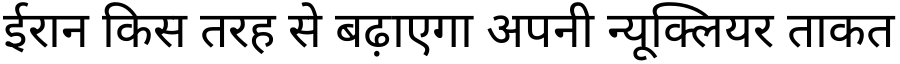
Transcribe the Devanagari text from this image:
ईरान किस तरह से बढ़ाएगा अपनी न्यूक्लियर ताकत